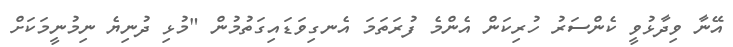
އޭނާ ވިދާޅުވީ ކެންސަރު ހުރިކަން އެންމެ ފުރަތަމަ އެނގިވަޑައިގަތުމުން "މުޅި ދުނިޔެ ނިމުނީމަކަށް